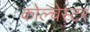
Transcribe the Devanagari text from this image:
कोल्चेस्टर